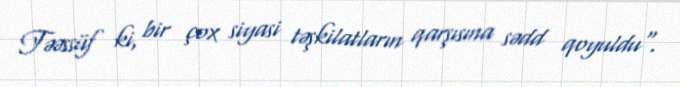
Təəssüf ki, bir çox siyasi təşkilatların qarşısına sədd qoyuldu".